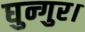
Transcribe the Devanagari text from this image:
घुन्गुर।